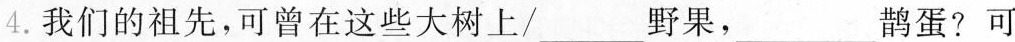
4.我们的祖先，可曾在这些大树上/___野果，___鹊蛋?可